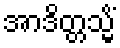
အာဒိတ္တသ္မိံ